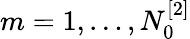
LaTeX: m=1,\dots,N_{0}^{[2]}